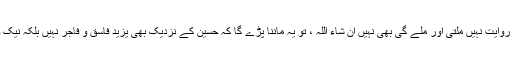
لیکن اگر ایسی کوئی روایت نہیں ملتی اور ملے گی بھی نہیں ان شاء اللہ ، تو یہ ماننا پڑے گا کہ حسینؓ کے نزدیک بھی یزید فاسق و فاجر نہیں بلکہ نیک و صالح حکمران تھا۔